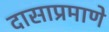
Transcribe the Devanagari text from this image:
दासाप्रमाणे